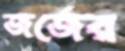
জর্জের